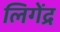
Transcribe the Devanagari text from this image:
लिगेंद्र